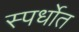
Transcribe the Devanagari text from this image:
स्पर्धाेत